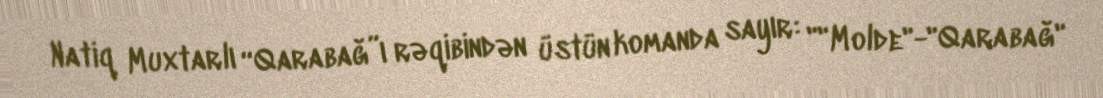
Natiq Muxtarlı “Qarabağ”ı rəqibindən üstün komanda sayır: ""Molde"-"Qarabağ"